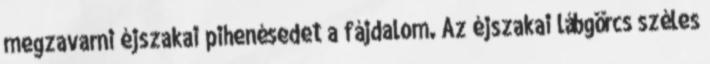
megzavarni éjszakai pihenésedet a fájdalom. Az éjszakai lábgörcs széles